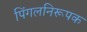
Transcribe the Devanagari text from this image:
पिंगलनिरूपक